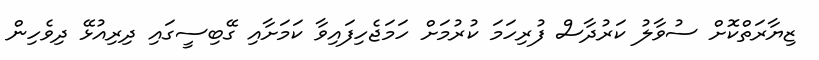
ޒިޔާރަތްކޮށް ސުވާލު ކަރުދާސް ފުރިހަމަ ކުރުމަށް ހަމަޖެހިފައިވާ ކަމަށާއި ގޭބިސީގައި ދިރިއުޅޭ ދިވެހިން